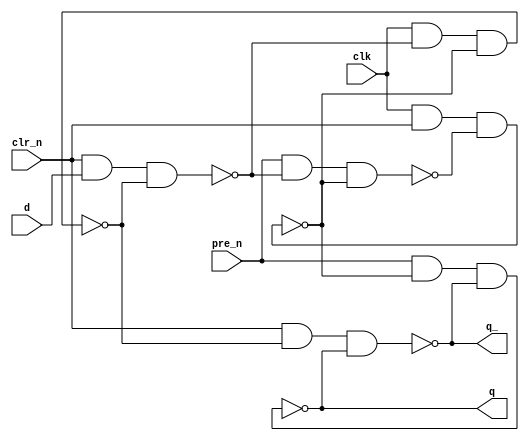
`timescale 1ns / 1ps
//////////////////////////////////////////////////////////////////////////////////
// Company: 
// 
// Design Name: D Flipflop Structural
// Module Name: D_Flipflop_Structural
// Project Name: 
// Target Devices: 
// Tool Versions: Vivado 2021.2
// Description: 
// 
// Dependencies: 
// 
// Revision:
// Revision 0.01 - File Created
// Additional Comments:
// 
//////////////////////////////////////////////////////////////////////////////////


module D_Flipflop_Structural(
    q,          // q
    q_,         // q bar
    clk,        // clock
    pre_n,      // preset bar
    clr_n,      // clear bar
    d           // d
    );
    
    output q;
    output q_;
    input clk;
    input pre_n;
    input clr_n;
    input d;
    
    wire p, p_;
    wire c, c_;
    
    nand(p, pre_n, c, p_);
    nand(p_, clk, clr_n, p);
    nand(c, clr_n, d, c_);
    nand(c_, clk, c, p_);
    
    nand(q, pre_n, p_, q_);
    nand(q_, clr_n, c_, q);
endmodule